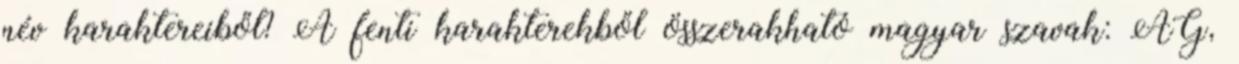
név karaktereiből? A fenti karakterekből összerakható magyar szavak: ÁG,